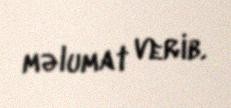
məlumat verib.